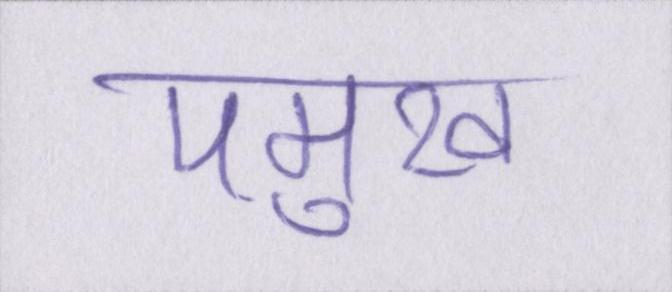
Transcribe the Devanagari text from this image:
पमुख